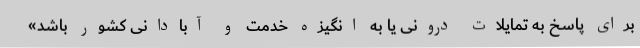
برای پاسخ به تمایلات درونی یا به انگیزه خدمت و آبادانی کشور باشد»